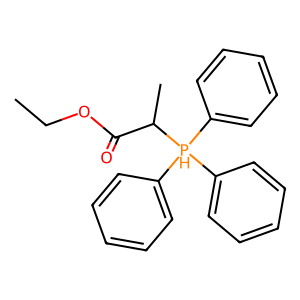
SMILES: CCOC(=O)C(C)[PH](c1ccccc1)(c1ccccc1)c1ccccc1
Inhibits HIV replication: No